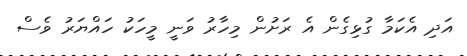
އަދި އެކަމާ ގުޅިގެން އެ ރަށުން މިހާރު ވަނީ މީހަކު ހައްޔަރު ވެސް